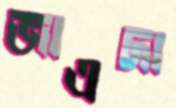
জাএদা